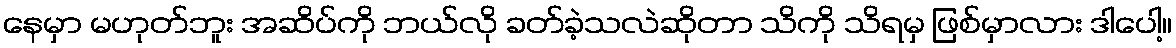
နေမှာ မဟုတ်ဘူး အဆိပ်ကို ဘယ်လို ခတ်ခဲ့သလဲဆိုတာ သိကို သိရမှ ဖြစ်မှာလား ဒါပေါ့။